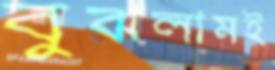
বুঝলামই